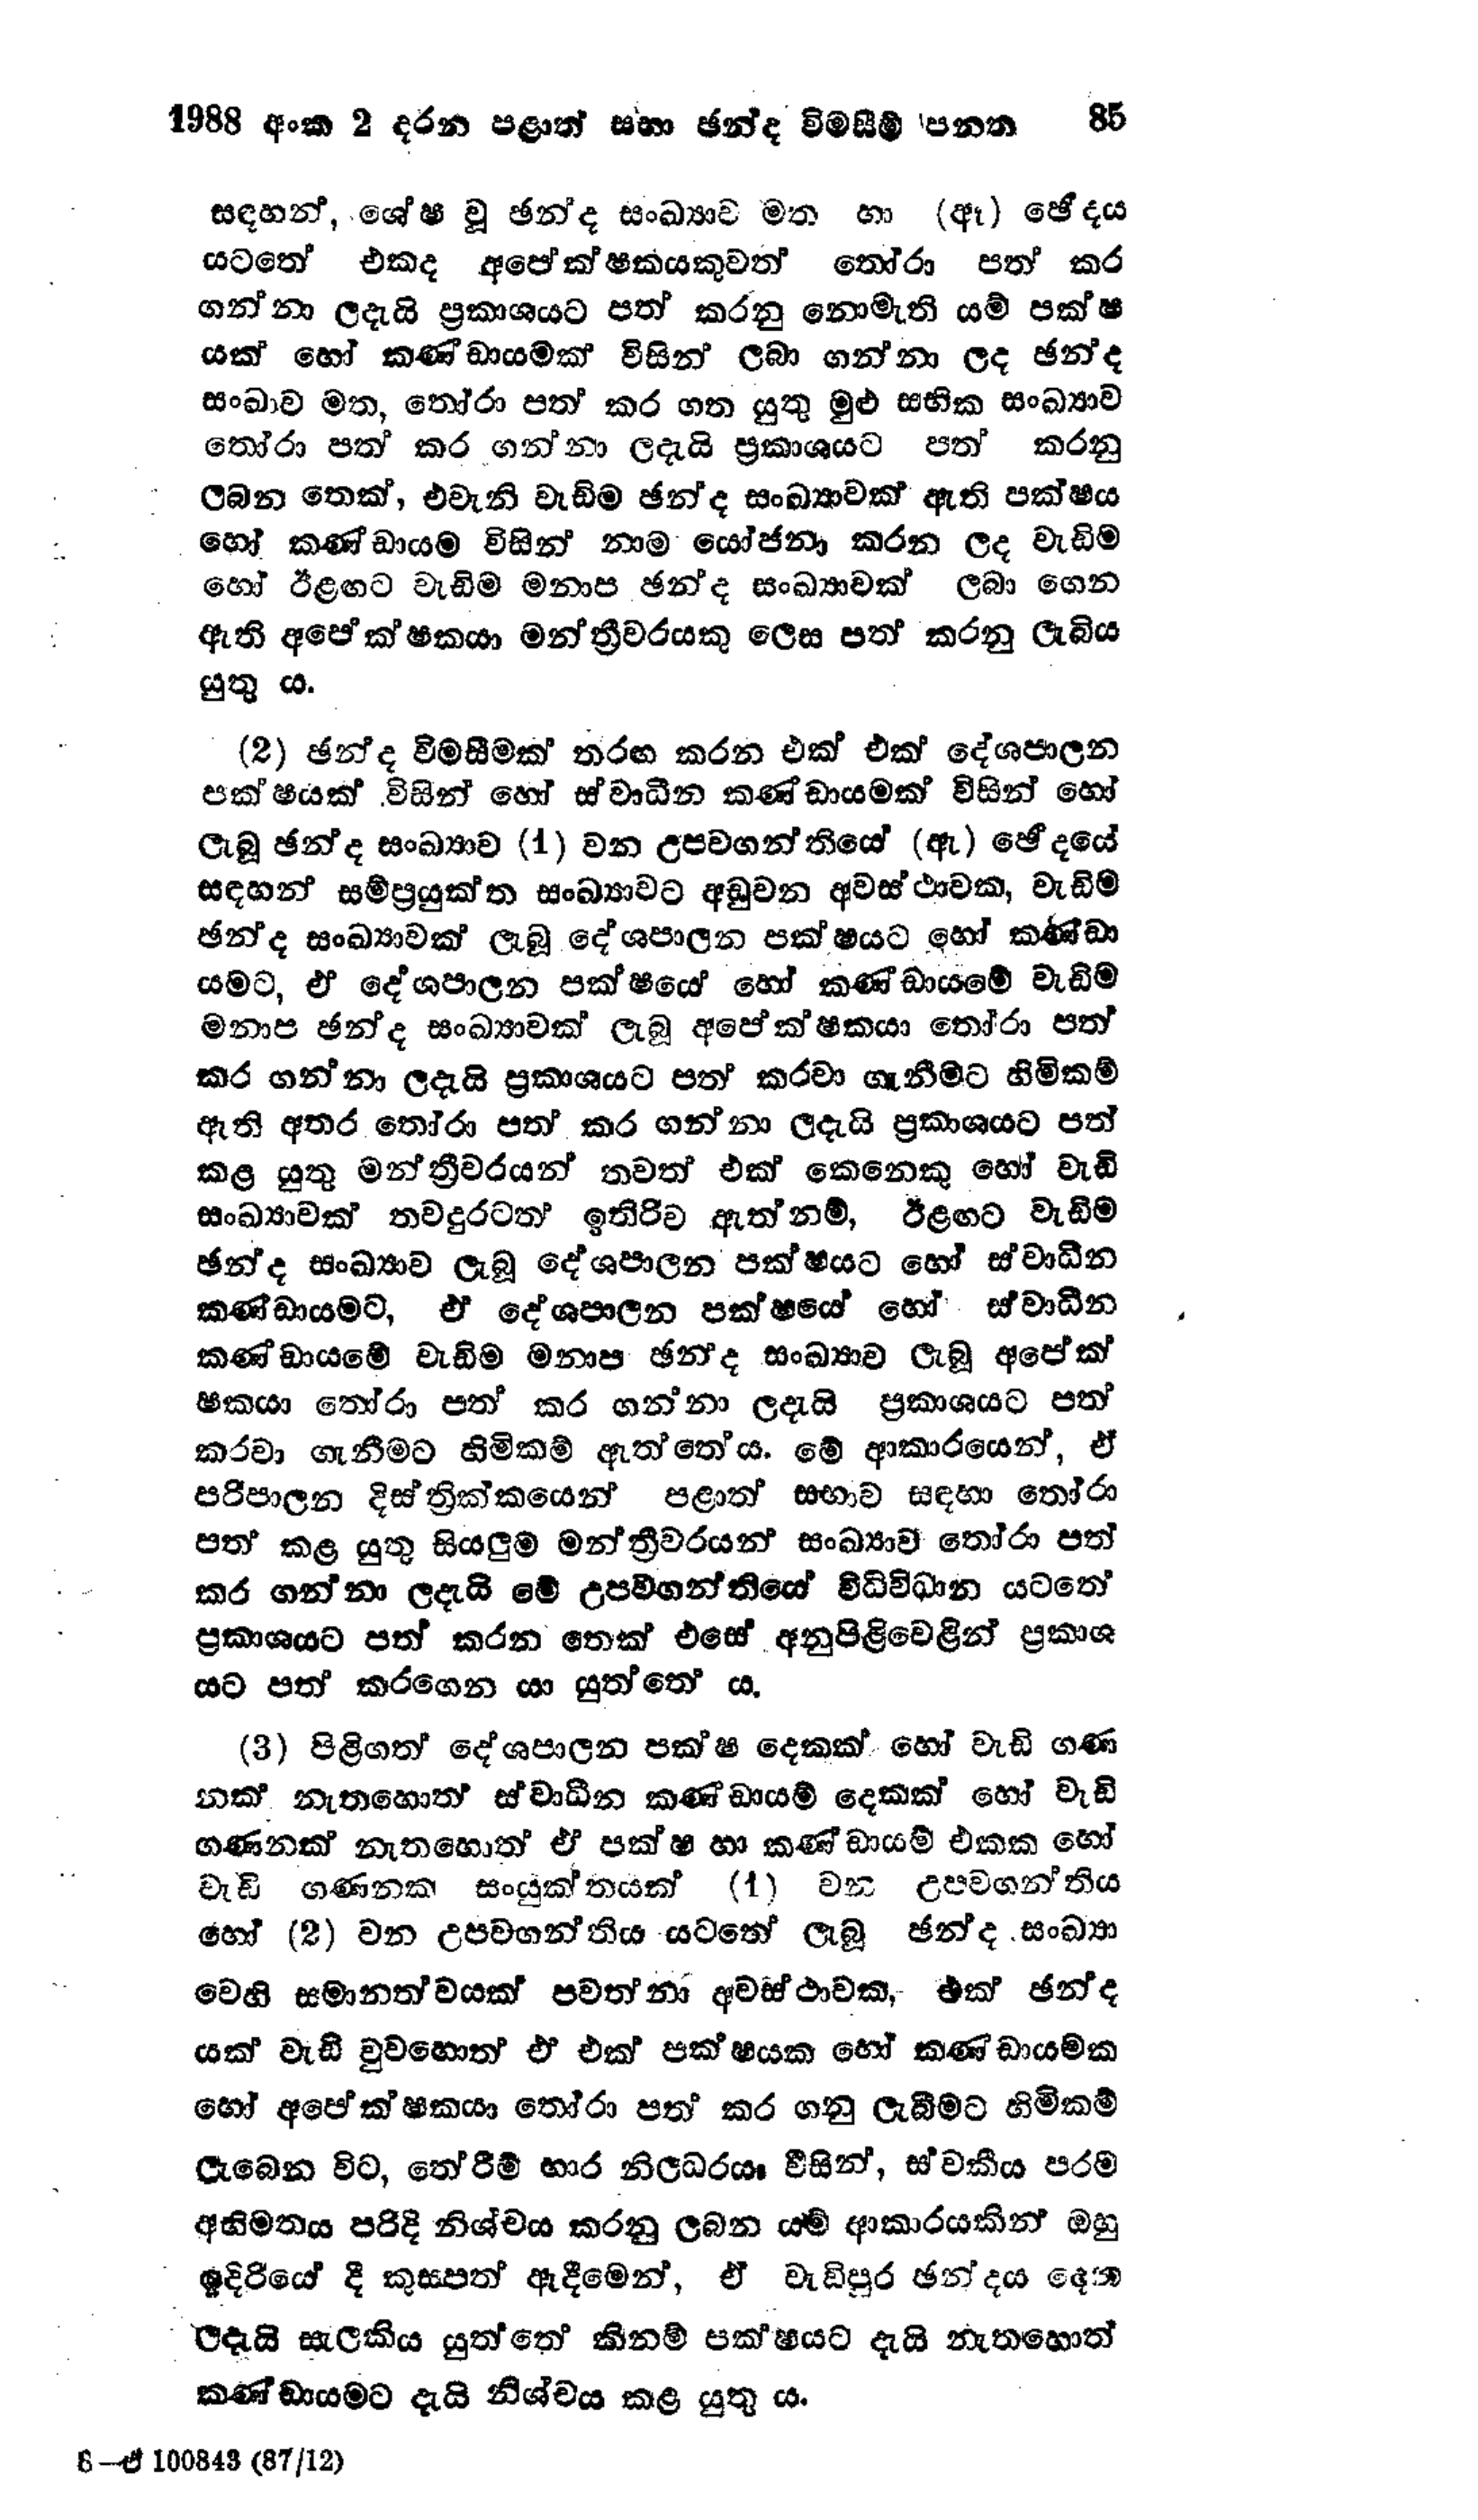
1988 අංක 2 දරන පළාත් සභා ඡන්ද විමසීම් පනත 85

සඳහන්, ශේෂ වූ ඡන්ද සංඛ්‍යාව මත (ඈ) ඡේදය
යටතේ එකද අපේක්ෂකයකුවත් තෝරා ප‍ත් කර
ගන්නා ලදැයි ප්‍රකාශයට පත් කරනු නොමැති යම් පක්ෂ
යක් හෝ කණ්ඩායමක් විසින් ලබා ගන්නා ලද ඡන්ද
සංඛාව මත, තෝරා පත් කර ගත යුතු මුළු සභික සංඛ්‍යාව
තෝරා පත් කර ගන්නා ලදැයි ප්‍රකාශයට පත් කරනු
ලබන තෙක්, එවැනි වැඩිම ඡන්ද සංඛ්‍යාවක් ඇති පක්ෂය
හෝ කණ්ඩායම විසින් නාම යෝජනා කරන ලද වැඩිම
හෝ ඊළඟට වැඩිම මනාප ඡන්ද සංඛ්‍යාවක් ලබා ගෙන
ඇති අපේක්ෂකයා මන්ත්‍රීවරයකු ලෙස පත් කරනු ලැබිය
යුතු ය.

(2) ඡන්ද විමසීමක් තරඟ කරන එක් එක් දේශපාලන
පක්ෂයක් විසින් හෝ ස්වාධීන කණ්ඩායමක් විසින් හෝ
ලැබූ ඡන්ද සංඛ්‍යාව (1) වන උපවගන්තියේ (ඇ) ඡේදයේ
සඳහන් සම්ප්‍රයුක්ත සංඛ්‍යාවට අඩුවන අවස්ථාවක, වැඩිම
ඡන්ද සංඛ්‍යාවක් ලැබූ දේශපාලන පක්ෂයට හෝ කණ්ඩා
යමට, ඒ දේශපාලන පක්ෂ හෝ කණ්ඩායමේ වැඩිම
මනාප ඡන්ද සංඛ්‍යාවක් ලැබූ අපේක්ෂකයා තෝරා පත්
කර ගන්නා ලදැයි ප්‍රකාශයට පත් කරවා ගැනීමට හිමිකම්
ඇති අතර තෝරා පත් කර ගන්නා ලදැයි ප්‍රකාශයට පත්
කළ යුතු මන්ත්‍රීවරයන් තවත් එක් කෙනෙකු හෝ වැඩි
සංඛ්‍යාවක් තවදුරටත් ඉතිරිව ඇත්නම්, ඊළඟට වැඩිම
ඡන්ද සංඛ්‍යාව ලැබූ දේශපාලන පක්ෂයට හෝ ස්වාධීන
කණ්ඩායමට, ඒ දේශපාලන පක්ෂයේ හෝ  ස්වාධීන
කණ්ඩායමේ වැඩිම මනාප ඡන්ද සංඛ්‍යාව ලැබූ අපේක්
ෂකයා තෝරා පත් කර ගන්නා ලදැයි ප්‍රකාශයට පත්
කරවා ගැනීමට හිමිකම් ඇත්තේය. මේ ආකාරයෙන්, ඒ
පරිපාලන දිස්ත්‍රික්කයෙන් පළාත් සභාව සඳහා තෝරා
පත කළ යුතු සියලුම මන්ත්‍රීවරයන් සංඛ්‍යාව තෝරා පත්
කර ගන්නා ලදැයි මේ උපවගන්තියේ විධි විධාන යටතේ
ප්‍රකාශයට පත් කරන තෙක් එසේ අනුපිළිවෙළින් ප්‍රකාශ
යට පත් කරගෙන යා යුත්තේ ය.

(3) පිළිගත් දේශපාලන පක්ෂ දෙකක් හෝ වැඩි ගණ
නක් නැතහොත් ස්වාධීන කණ්ඩායම් දෙකක් හෝ වැඩි
ගණනක් නැතහොත් ඒ පක්ෂ හා කණ්ඩායම් එකක හෝ
වැඩි ගණනක සංයුක්තයක් (1) වන උපවගන්තිය
හෝ (2) වන උපවගන්තිය යටතේ ලැබූ ඡන්ද සංඛ්‍යා
වෙහි සමානත්වයක් පවත්නා අවස්ථාවක, එක් ඡන්ද
යක් වැඩි වුවහොත් ඒ එක් පක්ෂයක හෝ කණ්ඩායමක
හෝ අපේක්ෂකයා තෝරා පත් කරගනු ලැබීමට හිමිකම්
ලැබෙන විට, තේරීම් භාර නිලධරයා විසින්, ස්වකීය පරම
අභිමතය පරිදි නිශ්චය කරනු ලබන යම් ආකාරයකින් ඔහු
ඉදිරියේ දී කුසපත් ඇදීමෙන්, ඒ වැඩිපුර ඡන්දය දෙන
ලදැයි සැලකිය යුත්තේ කිනම් පක්ෂයට දැයි නැතහොත්
කණ්ඩායමට දැයි නිශ්චය කළ යුතු ය.

8 -ඒ 100843 (87/12)